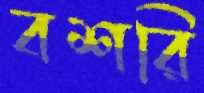
বশরি